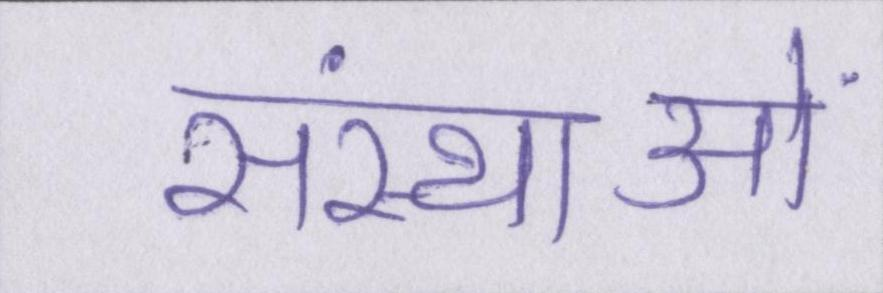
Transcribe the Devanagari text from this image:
संस्थाओं